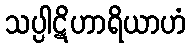
သပ္ပါဋိဟာရိယာဟံ